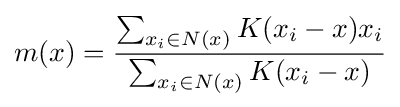
m(x)={\frac {\sum _{x_{i}\in N(x)}K(x_{i}-x)x_{i}}{\sum _{x_{i}\in N(x)}K(x_{i}-x)}}